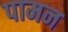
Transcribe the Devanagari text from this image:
पामन